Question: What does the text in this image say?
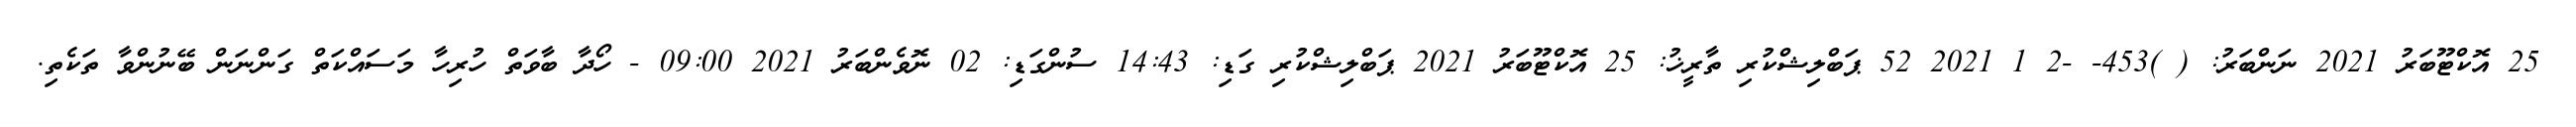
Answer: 25 އޮކްޓޫބަރު 2021 ނަންބަރު: ( )453- -2 1 2021 52 ޕަބްލިޝްކުރި ތާރީޚު: 25 އޮކްޓޫބަރު 2021 ޕަބްލިޝްކުރި ގަޑި: 14:43 ސުންގަޑި: 02 ނޮވެންބަރު 2021 09:00 - ހޯދާ ބާވަތް ހުރިހާ މަސައްކަތް ގަންނަން ބޭނުންވާ ތަކެތި.